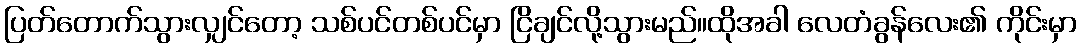
ပြတ်တောက်သွားလျှင်တော့ သစ်ပင်တစ်ပင်မှာ ငြိချင်လို့သွားမည်။ထိုအခါ လေတံခွန်လေး၏ ကိုင်းမှာ